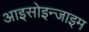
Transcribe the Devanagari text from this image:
आइसोइन्जाइम